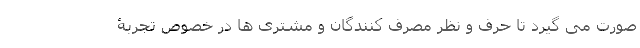
صورت می گیرد تا حرف و نظرِ مصرف کنندگان و مشتری ها در خصوصِ تجربۀ